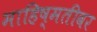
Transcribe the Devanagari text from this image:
माहिष्मतीवर